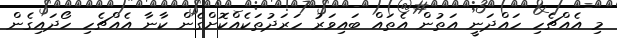
މި އެއްޗެހި ހައްދަނީ އަތުން އެތައް ބައިވަރު ހަރަދުތަކެއްކޮށްގެން ކާނާ އެއްޗެހި ހޯދައިގެން